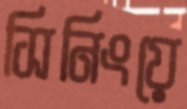
সিনিংয়ে